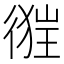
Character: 𢔺